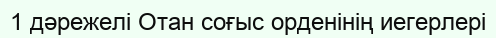
1 дәрежелі Отан соғыс орденінің иегерлері